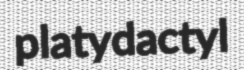
platydactyl